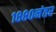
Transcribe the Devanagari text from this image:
१८८०नंतर